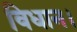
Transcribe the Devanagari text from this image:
विधान।